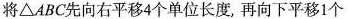
将\triangle ABC先向右平移4个单位长度，再向下平移1个